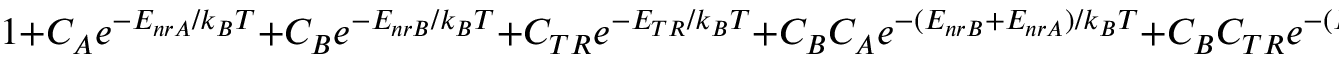
1 + C _ { A } e ^ { - E _ { n r A } / k _ { B } T } + C _ { B } e ^ { - E _ { n r B } / k _ { B } T } + C _ { T R } e ^ { - E _ { T R } / k _ { B } T } + C _ { B } C _ { A } e ^ { - ( E _ { n r B } + E _ { n r A } ) / k _ { B } T } + C _ { B } C _ { T R } e ^ { - ( E _ { n r B } + E _ { T R } ) / k _ { B } T }